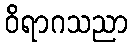
ဝိရာဂသညာ